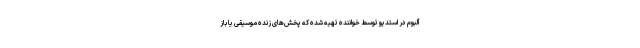
آلبوم در استدیو توسط خواننده تهیه شده که پخش‌های زنده موسیقی یا باز